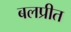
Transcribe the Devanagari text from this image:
बलप्रीत